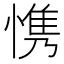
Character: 𮲋